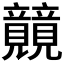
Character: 𰩫